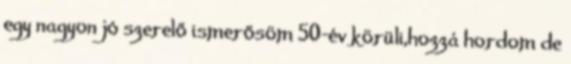
egy nagyon jó szerelő ismerősöm 50-év körüli,hozzá hordom de